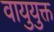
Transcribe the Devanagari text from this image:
वायुयुक्त